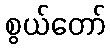
စွယ်တော်